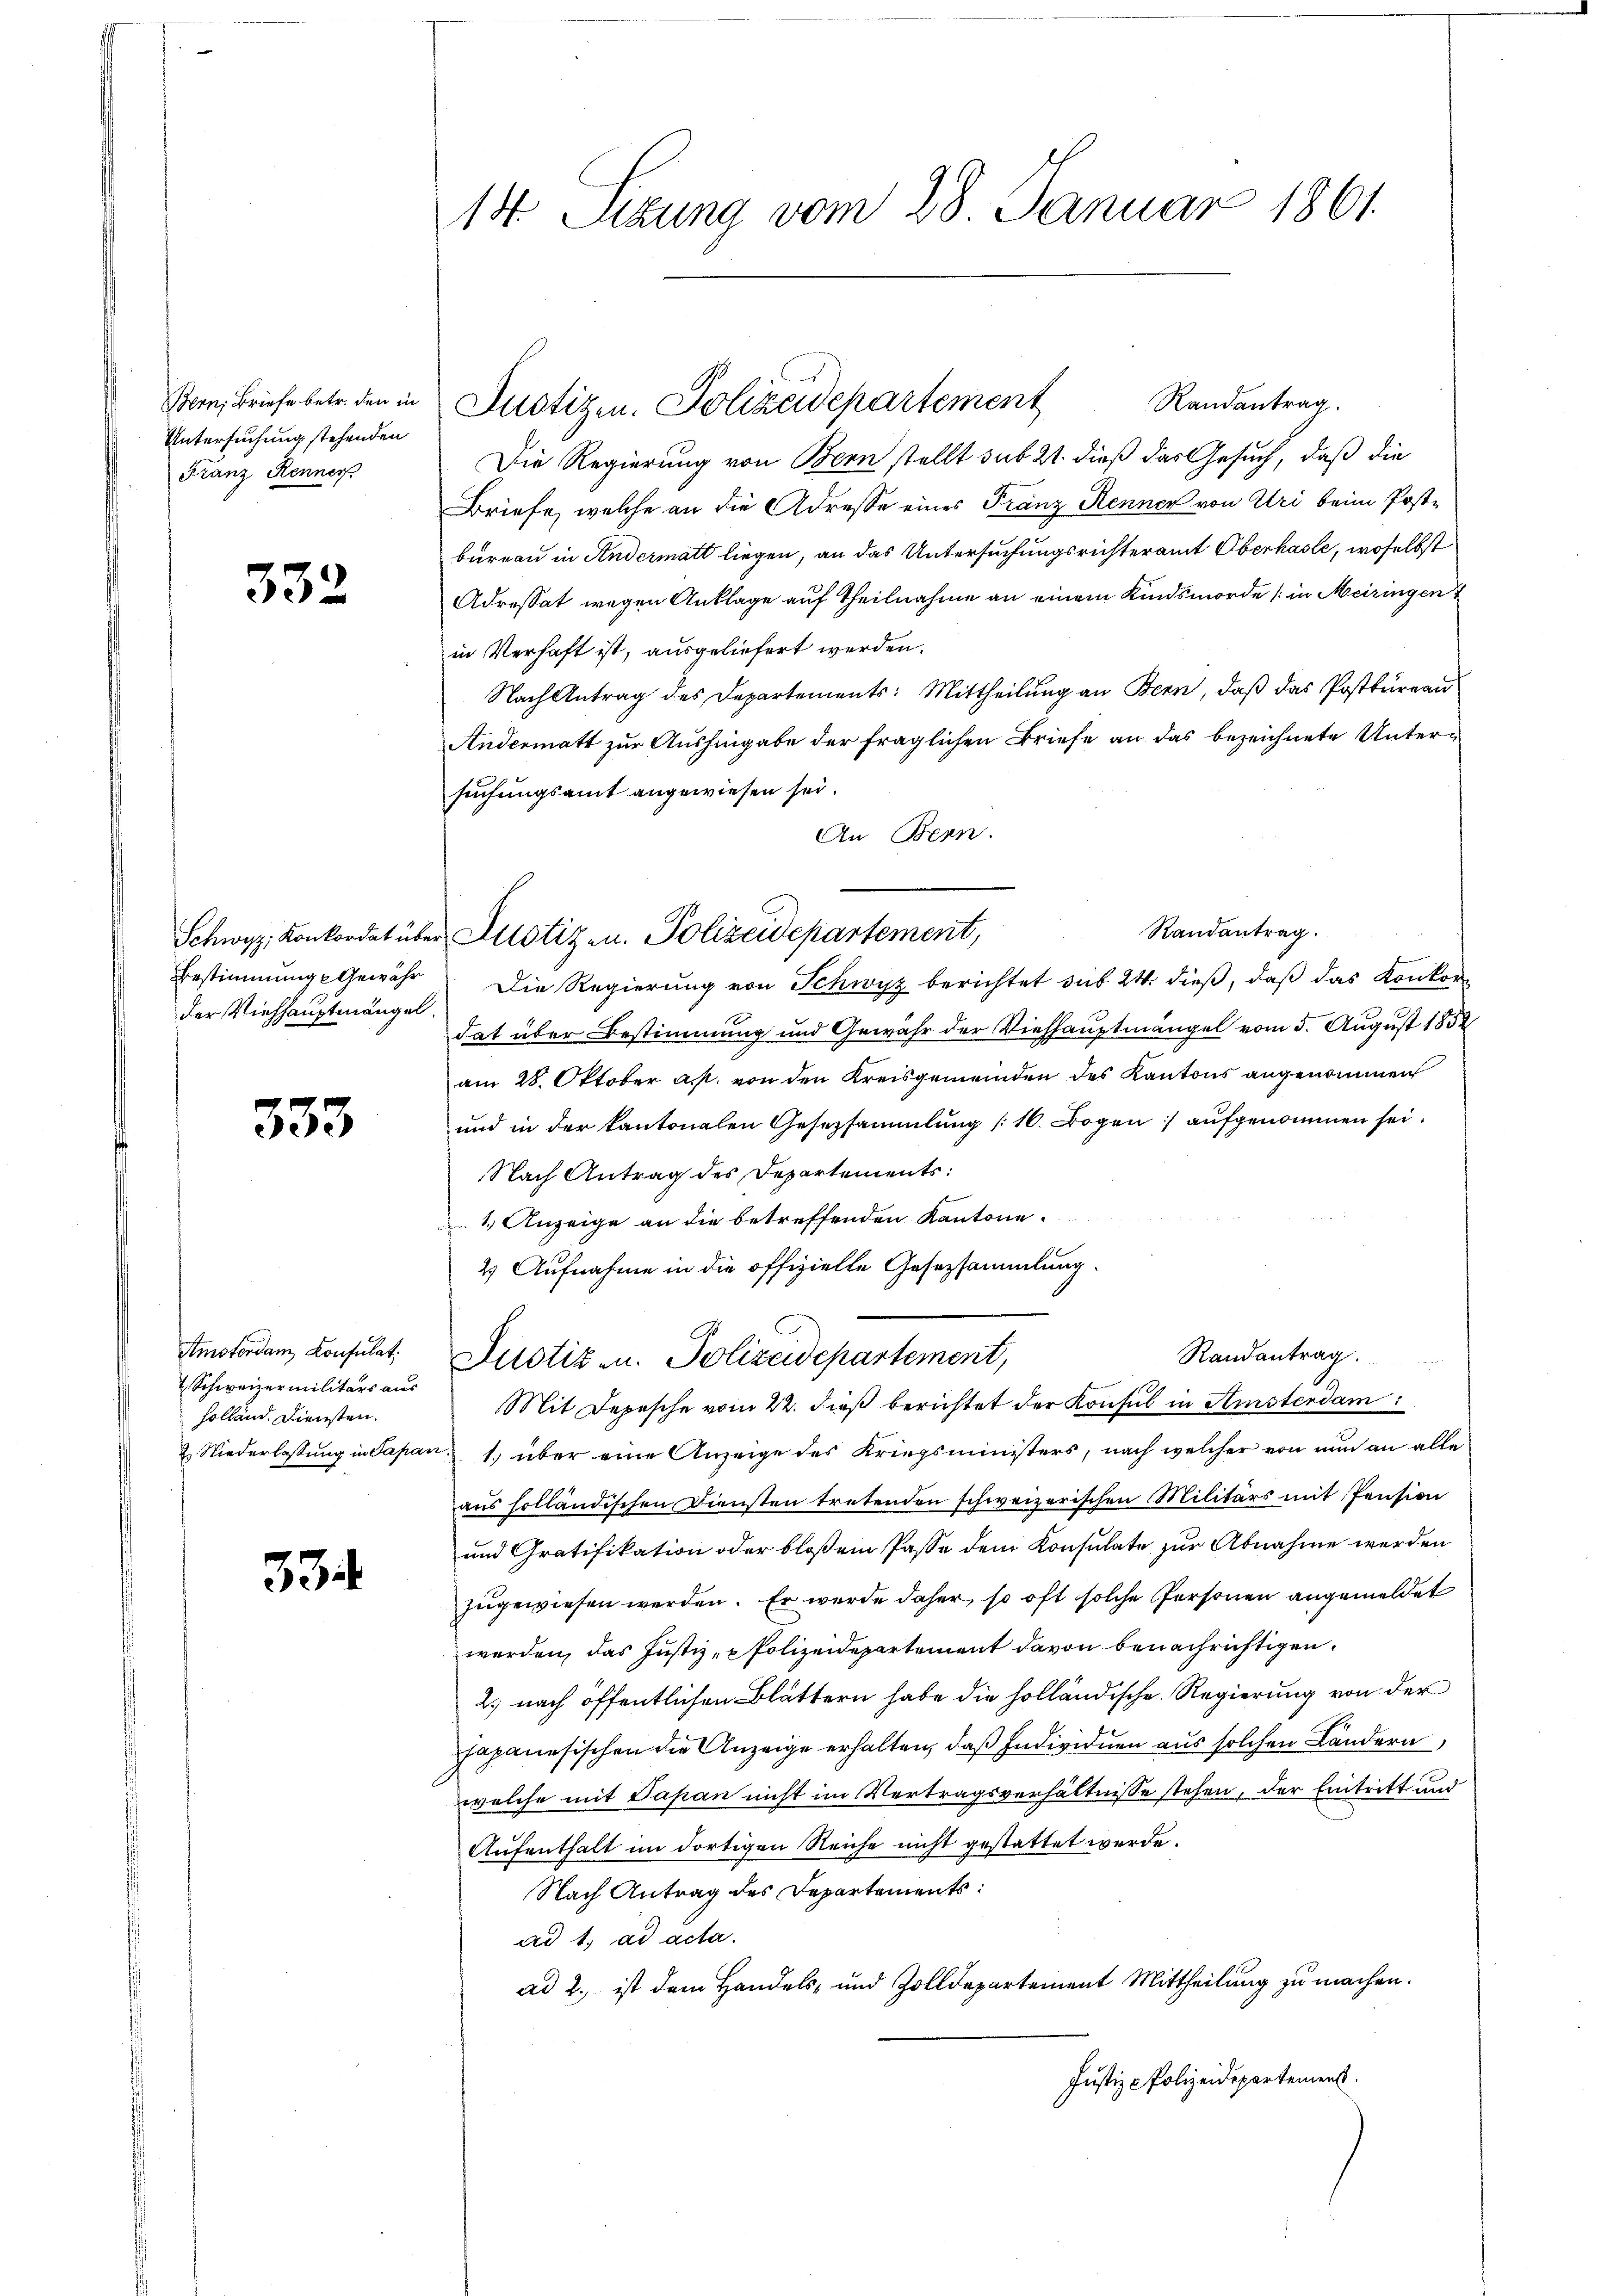
Bern, Briefe betr. den in
Untersuchung stehenden
Franz Renner

332

Schwyz, Konkordat über
Bestimmung Gewähr
der Viehhauptmängel.

333

tmotordam Konsulat,
7 Schweizermilitärs aus
holland. Diensten.
2. Niederlassung in Sapan

334.

14 Sizung vom 28 Januar 1861.

Randantrag.
Die Regierung von Bern stellt sub 21. dieß das Gesuch, daß die
Briefe, welche an die Adresse eines Franz Kenner von Uri beim Postbureau in Andermatt liegen, an das Untersuchungsrichteramt Oberhasle, woselbst
Adressat wegen Anklage auf Theilnahme an einem Kindsmorde (in Meiringen
in Verhaft ist, ausgeliefert werden.
Nach Antrag des Departements: Mittheilŭng an Bern, daβ das Postbüreau
Andermatt zur Aushingabe der fraglichen Briefe an das bezeichnete Untersuchungsamt angewiesen sei.
An Bern.
Randantrag.
Die Regierung von Schwyz berichtet sub 24 dieß, daß das Konkor
dat über Bestimmung und Gewähr der Viehhauptmangel vom 5. August 1852
am 28. Oktober a. von den Kreisgemeinden des Kantons angenommen
und in der kantonalen Gesetzsammlung (16. Bogen aufgenommen sei.
Nach Antrag des Departements:
1.) Anzeige an die betreffenden Kantone.
2) Aufnahme in die offizielle Gesetzsammlung.
Randantrag.
Justiz u. Polizeidepartement,
Mit Depesche vom 22. dieß berichtet der Konsul in Amsterdam
1. über eine Anzeige des Kriegsministers, nach welcher von nun an alle
aus holländischen Diensten tretenden schweizerischen Militärs mit Pension
und Gratifikation oder bloßem Pässe dem Konsulate zur Abnahme werden
zugewiesen werden. Er werde daher, so oft solche Personen angemeldet
werden, das Justiz, Polizeidepartement davon benachrichtigen.
2.) nach öffentlichen Blättern habe die holländische Regierung von der
Japanesischen die Anzeige erhalten, daß Individuen aus solchen Ländern
welche mit Papan nicht im Vertragsverhältnisse stehen, der Eintritt und
Aufenthalt im dortigen Reiche nicht gestattet werde.
Nach Antrag des Departements:
ad 1. ad acta.
ad 2., ist dem Handels- und Zolldepartement Mittheilung zu machen.
Justiz - Polizeidepartement

Justizen. Polizeidepartement

Justizen. Polizeidepartement,